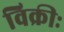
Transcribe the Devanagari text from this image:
विक्रीः